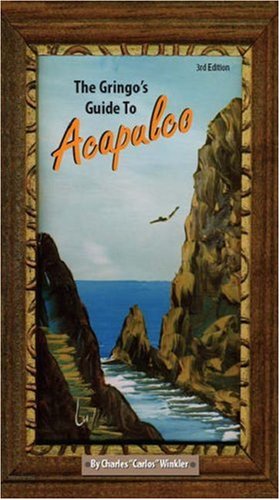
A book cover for The Gringo's Guide to Acapulco: 3rd Edition; Charles "Carlos" Winkler; Travel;